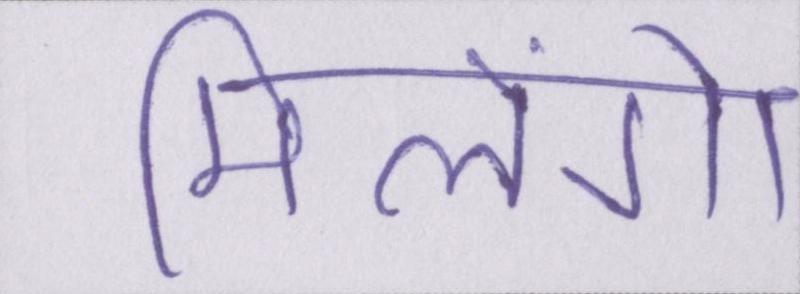
मिलेंगे।